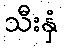
သီးနှံ